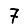
Digit: 7